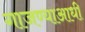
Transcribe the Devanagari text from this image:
गाजण्याआधी